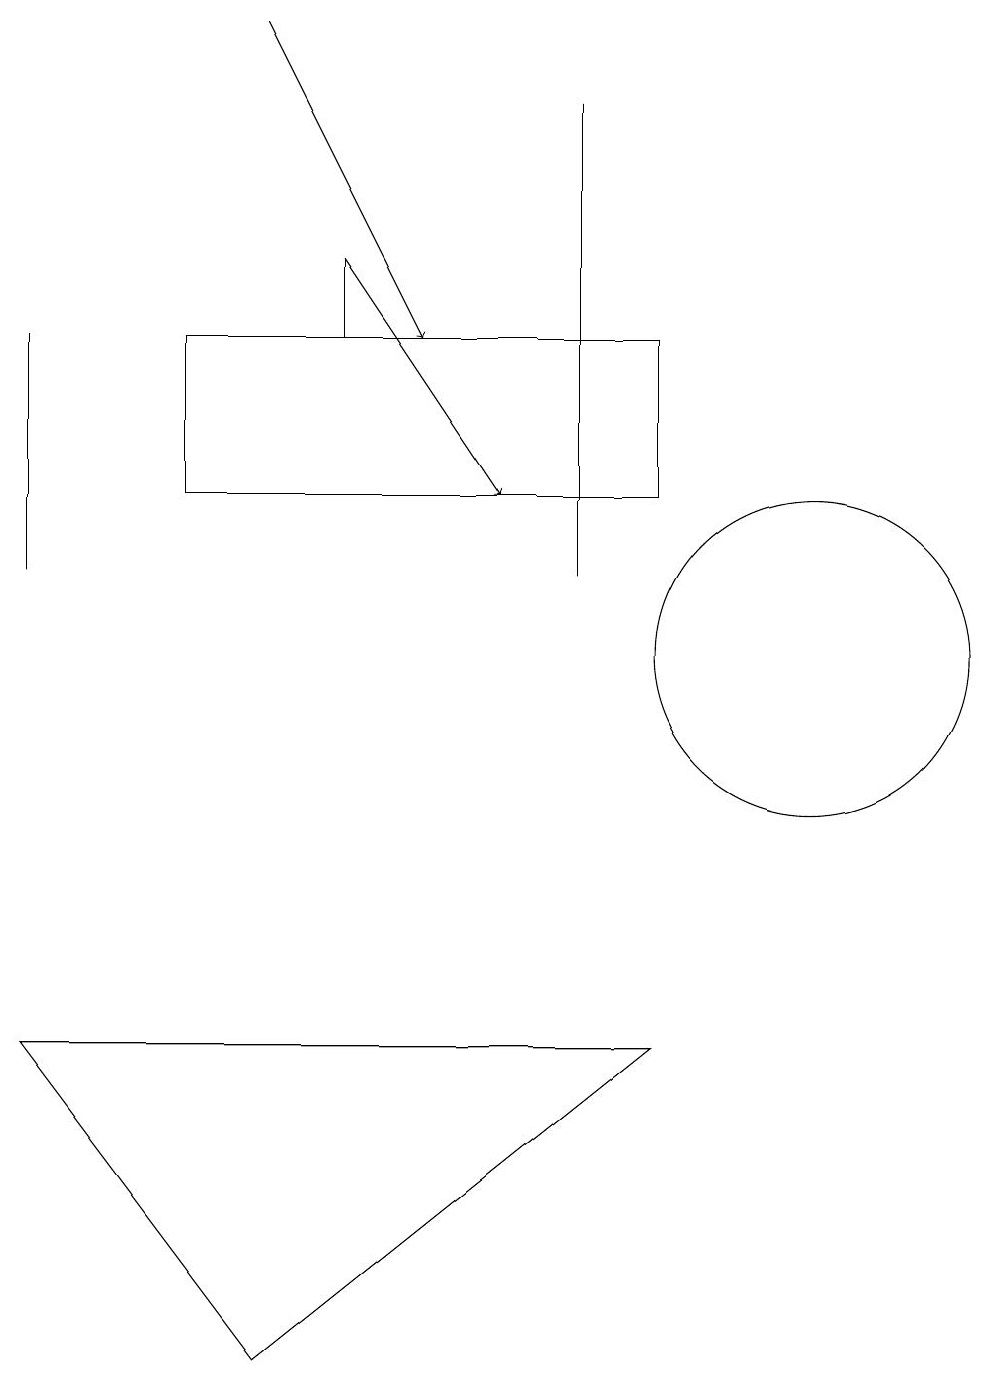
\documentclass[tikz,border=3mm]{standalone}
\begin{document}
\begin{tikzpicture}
\draw (5,14) rectangle (5,15);
\draw (8,17) rectangle (8,11);
\draw[->] (4,18) -- (6,14);
\draw (3,14) rectangle (9,12);
\draw (9,5) -- (4,1) -- (1,5) -- cycle;
\draw (1,11) rectangle (1,14);
\draw[->] (5,15) -- (7,12);
\draw (11,10) circle (2);
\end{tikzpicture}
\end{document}